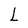
Character: L